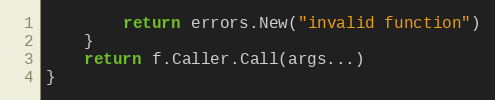
Language: Go
		return errors.New("invalid function")
	}
	return f.Caller.Call(args...)
}